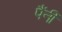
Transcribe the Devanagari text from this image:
पैंनी